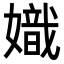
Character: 嬂